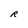
Character: R